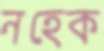
নহেক